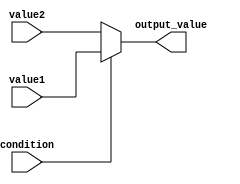
module conditional_operator_assignment (
    input wire condition,      // Input condition (boolean)
    input wire [7:0] value1,  // First value (8-bit)
    input wire [7:0] value2,  // Second value (8-bit)
    output reg [7:0] output_value // Output value (8-bit)
);

// Combinational logic block
always @(*) begin
    output_value = condition ? value1 : value2; // Conditional assignment
end

endmodule